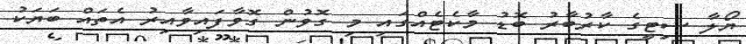
ޔޯލާ ސިޓީގެ ކާރުބާރު ބޮޑު މާކެޓެއްގައި މި ގޮވުން ގޮވާފައިވާއިރު އެތައް ބަޔަކު